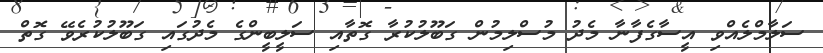
ސަލާމްލެއްވި އީސާގެފާނާ މެދު މުސްލިމުން ގަބޫލުކުރާ ގޮތާއި ސަލީބީންގެ މެދުގައި ގަބޫލުކުރެވޭ ގޮތް